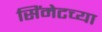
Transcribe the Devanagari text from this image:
सिंमेटच्या